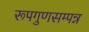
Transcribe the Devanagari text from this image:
रूपगुणसम्पन्न